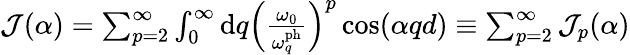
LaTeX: \begin{array}{r}{\mathcal{J}(\alpha)=\sum_{p=2}^{\infty}\int_{0}^{\infty}\mathrm{d}q\left(\frac{\omega_{0}}{\omega_{q}^{\mathrm{ph}}}\right)^{p}\cos(\alpha qd)\equiv\sum_{p=2}^{\infty}\mathcal{J}_{p}(\alpha)}\end{array}